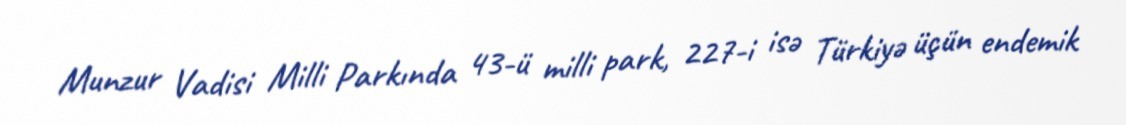
Munzur Vadisi Milli Parkında 43-ü milli park, 227-i isə Türkiyə üçün endemik